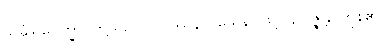
သင်္ခါရုပေက္ခာ၊ တို့သည်။ ဝိပဿနာဝသေန၊ ဖြင့်။ ဥပ္ပဇ္ဇန္တိ၊ ကုန်၏။